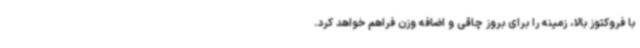
با فروکتوز بالا، زمینه را برای بروز چاقی و اضافه وزن فراهم خواهد کرد.